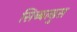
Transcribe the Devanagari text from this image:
सिब्बल्डुस